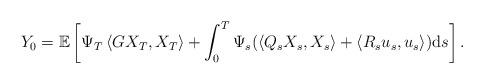
LaTeX: \begin{align*}Y_{0}=\mathbb{E}\left[ \Psi _{T}\left\langle GX_{T},X_{T}\right\rangle+\int_{0}^{T}\Psi _{s}(\left\langle Q_{s}X_{s},X_{s}\right\rangle+\left\langle R_{s}u_{s},u_{s}\right\rangle )\mathrm{d}s\right] .\end{align*}